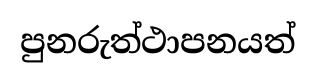
පුනරුත්ථාපනයත්